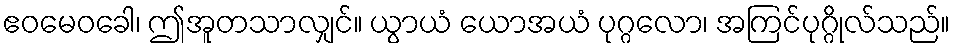
ဧဝမေဝခေါ၊ ဤအူတသာလျှင်။ ယွာယံ ယောအယံ ပုဂ္ဂလော၊ အကြင်ပုဂ္ဂိုလ်သည်။